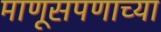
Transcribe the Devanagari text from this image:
माणूसपणाच्या